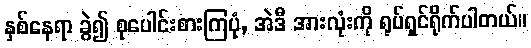
နှစ်နေရာ ခွဲ၍ စုပေါင်းစားကြပုံ, အဲဒီ အားလုံးကို ရုပ်ရှင်ရိုက်ပါတယ်။